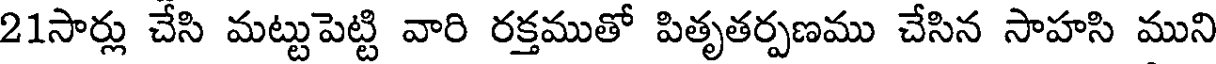
21సార్లు చేసి మట్టుపెట్టి వారి రక్తముతో పితృతర్పణము చేసిన సాహసి ముని